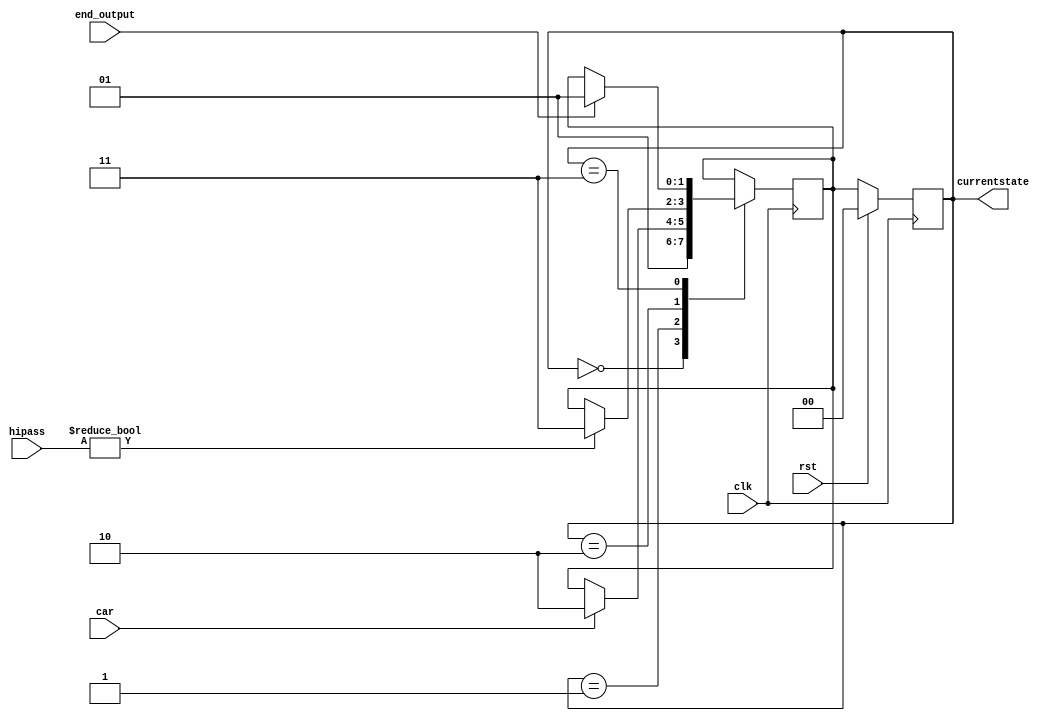
module main(
            input clk,

            input rst,
      
            input car,

            input [3:0] hipass,

            input end_output,

            output reg[1:0] currentstate
            );

 reg [1:0] nextstate = 2'b00;
 parameter state_initial = 2'b00;
 parameter state_car = 2'b01;
 parameter state_hipass = 2'b10;
 parameter state_output = 2'b11;

  always @( posedge clk ) begin

    if (rst) currentstate <= 00;

    else

      currentstate <= nextstate ;
       
        case (currentstate)
            state_initial: begin
                nextstate <= 2'b01;
            end

            state_car: begin
              if (car) nextstate <= 2'b10;
            end
            
            state_hipass: begin
              if (hipass) nextstate <= 2'b11;
            end

            state_output: begin
              if (end_output) nextstate <= 2'b01;
            end

        endcase
  end

endmodule